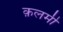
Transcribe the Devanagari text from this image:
क़लमी